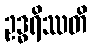
ဥဒ္ဓရိဿတိ